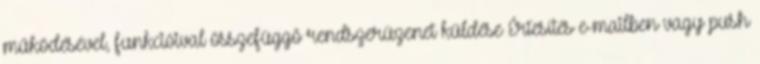
működésével, funkcióival összefüggő rendszerüzenet küldése Értesítés e-mailben vagy push